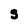
Character: S